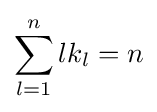
\sum _{l=1}^{n}lk_{l}=n